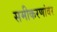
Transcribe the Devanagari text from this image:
समीकरणांवर